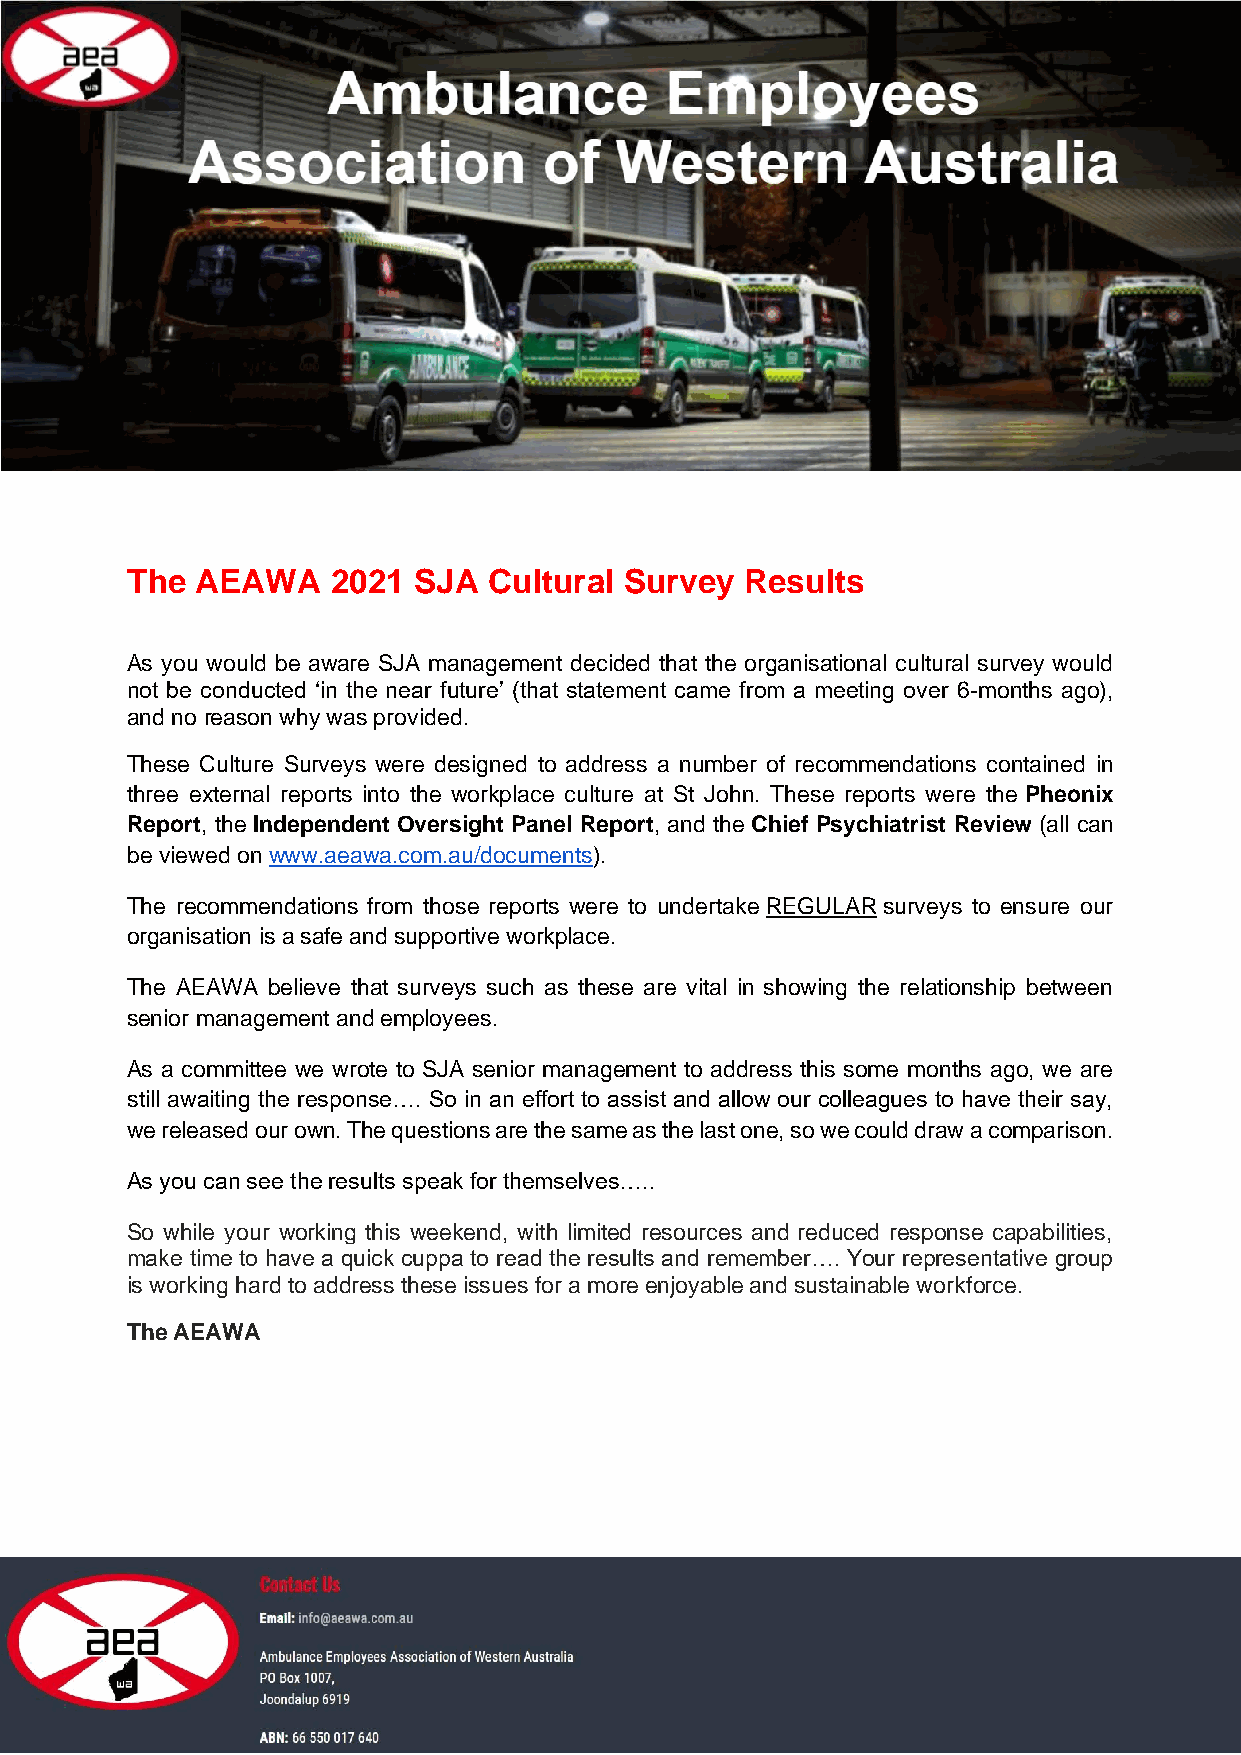
The  AEAWA    2021 SJA  Cultural Survey  Results
 As you would be aware SJA management decided that the organisational cultural survey would
 not be conducted ‘in the near future’ (that statement came from a meeting over 6-months ago),
 and no reason why was provided.
 These Culture Surveys were designed to address a number of recommendations contained in
 three external reports into the workplace culture at St John. These reports were the Pheonix
 Report, the Independent Oversight Panel Report, and the Chief Psychiatrist Review (all can
 be viewed on www.aeawa.com.au/documents).
 The recommendations from those reports were to undertake REGULAR surveys to ensure our
 organisation is a safe and supportive workplace.
 The AEAWA believe that surveys such as these are vital in showing the relationship between
 senior management and employees.
 As a committee we wrote to SJA senior management to address this some months ago, we are
 still awaiting the response…. So in an effort to assist and allow our colleagues to have their say,
 we released our own. The questions are the same as the last one, so we could draw a comparison.
 As you can see the results speak for themselves…..
 So while your working this weekend, with limited resources and reduced response capabilities,
 make time to have a quick cuppa to read the results and remember…. Your representative group
 is working hard to address these issues for a more enjoyable and sustainable workforce.
 The AEAWA